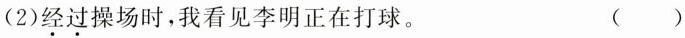
(2)经过操场时，我看见李明正在打球。 ( )